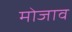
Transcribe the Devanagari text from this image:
मोजाव